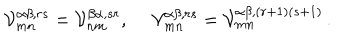
{ \cal V } _ { m n } ^ { \alpha \beta , r s } = { \cal V } _ { n m } ^ { \beta \alpha , s r } , ~ ~ { \cal V } _ { m n } ^ { \alpha \beta , r s } = { \cal V } _ { m n } ^ { \alpha \beta , ( r + 1 ) ( s + 1 ) } \, .